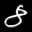
Label: 8